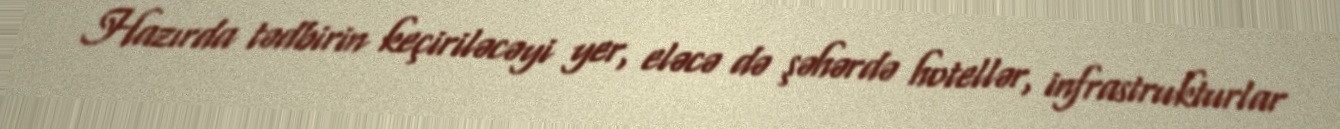
Hazırda tədbirin keçiriləcəyi yer, eləcə də şəhərdə hotellər, infrastrukturlar